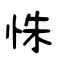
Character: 怽